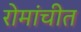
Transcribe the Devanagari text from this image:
रोमांचीत